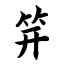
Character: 笄